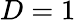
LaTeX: D=1